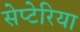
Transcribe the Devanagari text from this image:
सेप्टेरिया